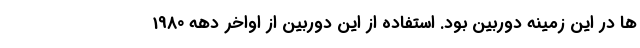
ها در این زمینه دوربین بود. استفاده از این دوربین از اواخر دهه 1980